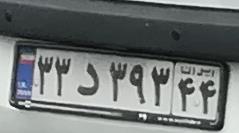
۲۳د۲۹۳۴۴